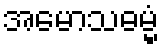
အမောသဓမ္မံ